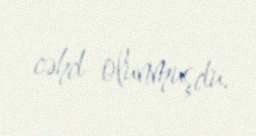
cəhd olunmuşdu.